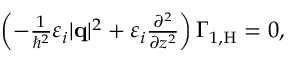
\begin{array} { r } { \left( - \frac { 1 } { \hbar ^ { 2 } } \varepsilon _ { i } | \mathbf { q } | ^ { 2 } + \varepsilon _ { i } \frac { \partial ^ { 2 } } { \partial z ^ { 2 } } \right) \Gamma _ { 1 , \mathrm { H } } = 0 , } \end{array}